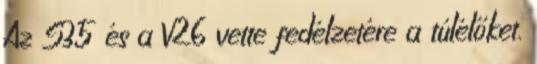
Az S35 és a V26 vette fedélzetére a túlélőket.